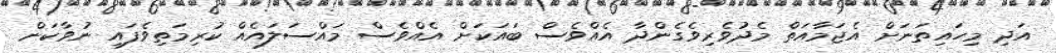
އަދި މިހައިތަނަށް އެޖަމާއަތް މެދުވެރިވެގެންދާ އެއްވެސް ބައަކަށް އެއްވެސް މައްސަލައެއް ކުރިމަތިވެފައި ނުވާކަން